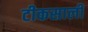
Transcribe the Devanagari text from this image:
टीकसाली